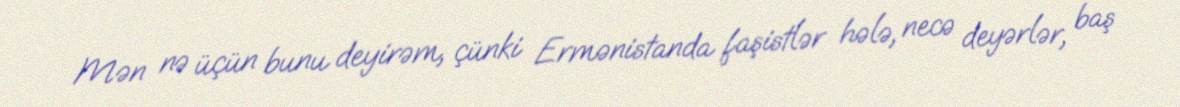
Mən nə üçün bunu deyirəm, çünki Ermənistanda faşistlər hələ, necə deyərlər, baş